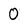
Character: 0